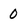
Character: 0